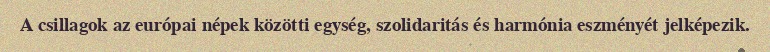
A csillagok az európai népek közötti egység, szolidaritás és harmónia eszményét jelképezik.